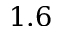
1 . 6